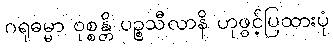
ဂရုဓမ္မာ ဝုစ္စန္တိ ပဉ္စသီလာနိ ဟုဖွင့်ပြထားပုံ